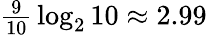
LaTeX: \textstyle{\frac{9}{10}}\log_{2}{10}\approx 2.99